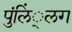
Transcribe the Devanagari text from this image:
पुंलिं्लग